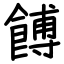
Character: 餺